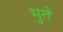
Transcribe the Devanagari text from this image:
भुतें